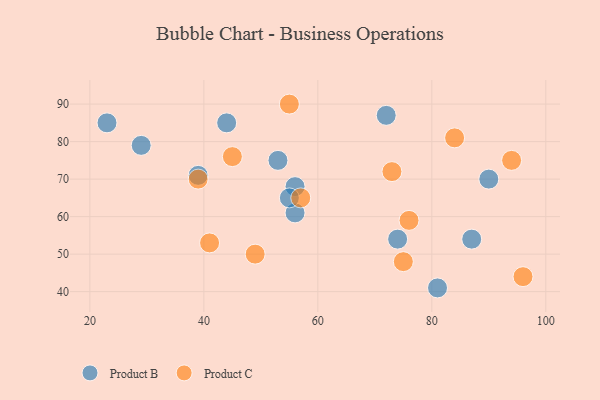
{"axis": {"x": "GDP", "y": "Life Expectancy"}, "legend": ["Product B", "Product C"], "data": [{"x": "29", "y": 79, "type": "Product B"}, {"x": "23", "y": 85, "type": "Product B"}, {"x": "44", "y": 85, "type": "Product B"}, {"x": "87", "y": 54, "type": "Product B"}, {"x": "39", "y": 71, "type": "Product B"}, {"x": "56", "y": 61, "type": "Product B"}, {"x": "56", "y": 68, "type": "Product B"}, {"x": "74", "y": 54, "type": "Product B"}, {"x": "53", "y": 75, "type": "Product B"}, {"x": "81", "y": 41, "type": "Product B"}, {"x": "55", "y": 65, "type": "Product B"}, {"x": "72", "y": 87, "type": "Product B"}, {"x": "90", "y": 70, "type": "Product B"}, {"x": "96", "y": 44, "type": "Product C"}, {"x": "84", "y": 81, "type": "Product C"}, {"x": "55", "y": 90, "type": "Product C"}, {"x": "57", "y": 65, "type": "Product C"}, {"x": "73", "y": 72, "type": "Product C"}, {"x": "94", "y": 75, "type": "Product C"}, {"x": "45", "y": 76, "type": "Product C"}, {"x": "41", "y": 53, "type": "Product C"}, {"x": "39", "y": 70, "type": "Product C"}, {"x": "76", "y": 59, "type": "Product C"}, {"x": "49", "y": 50, "type": "Product C"}, {"x": "75", "y": 48, "type": "Product C"}]}